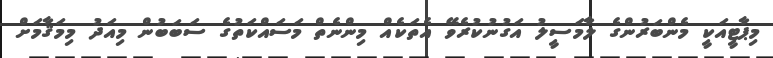
މިޕާޓީއަކީ މެންބަރުންގެ ލާމަސީލު އަގުނުކުރެވޭ އެތަކެއް މިންނެތް މަސައްކަތުގެ ސަބަބުން މިއަދު މިމަޤާމަށް